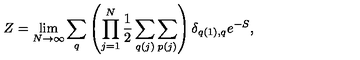
Z = \lim _ { N \rightarrow \infty } \sum _ { q } \left( \prod _ { j = 1 } ^ { N } \frac { 1 } { 2 } \sum _ { q ( j ) } \sum _ { p ( j ) } \right) \delta _ { q ( 1 ) , q } e ^ { - S } ,